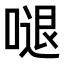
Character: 𠺙